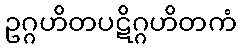
ဥဂ္ဂဟိတပဋိဂ္ဂဟိတကံ